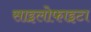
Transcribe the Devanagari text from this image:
साइलोफाइटा